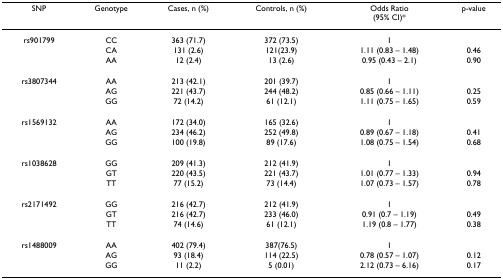
<table><thead><tr><td><b>SNP</b></td><td><b>Genotype</b></td><td><b>Cases, n (%)</b></td><td><b>Controls, n (%)</b></td><td><b>Odds Ratio(95% CI)*</b></td><td><b>p-value</b></td></tr></thead><tbody><tr><td>rs901799</td><td>CC</td><td>363 (71.7)</td><td>372 (73.5)</td><td>1</td><td></td></tr><tr><td></td><td>CA</td><td>131 (2.6)</td><td>121(23.9)</td><td>1.11 (0.83 – 1.48)</td><td>0.46</td></tr><tr><td></td><td>AA</td><td>12 (2.4)</td><td>13 (2.6)</td><td>0.95 (0.43 – 2.1)</td><td>0.90</td></tr><tr><td>rs3807344</td><td>AA</td><td>213 (42.1)</td><td>201 (39.7)</td><td>1</td><td></td></tr><tr><td></td><td>AG</td><td>221 (43.7)</td><td>244 (48.2)</td><td>0.85 (0.66 – 1.11)</td><td>0.25</td></tr><tr><td></td><td>GG</td><td>72 (14.2)</td><td>61 (12.1)</td><td>1.11 (0.75 – 1.65)</td><td>0.59</td></tr><tr><td>rs1569132</td><td>AA</td><td>172 (34.0)</td><td>165 (32.6)</td><td>1</td><td></td></tr><tr><td></td><td>AG</td><td>234 (46.2)</td><td>252 (49.8)</td><td>0.89 (0.67 – 1.18)</td><td>0.41</td></tr><tr><td></td><td>GG</td><td>100 (19.8)</td><td>89 (17.6)</td><td>1.08 (0.75 – 1.54)</td><td>0.68</td></tr><tr><td>rs1038628</td><td>GG</td><td>209 (41.3)</td><td>212 (41.9)</td><td>1</td><td></td></tr><tr><td></td><td>GT</td><td>220 (43.5)</td><td>221 (43.7)</td><td>1.01 (0.77 – 1.33)</td><td>0.94</td></tr><tr><td></td><td>TT</td><td>77 (15.2)</td><td>73 (14.4)</td><td>1.07 (0.73 – 1.57)</td><td>0.78</td></tr><tr><td>rs2171492</td><td>GG</td><td>216 (42.7)</td><td>212 (41.9)</td><td>1</td><td></td></tr><tr><td></td><td>GT</td><td>216 (42.7)</td><td>233 (46.0)</td><td>0.91 (0.7 – 1.19)</td><td>0.49</td></tr><tr><td></td><td>TT</td><td>74 (14.6)</td><td>61 (12.1)</td><td>1.19 (0.8 – 1.77)</td><td>0.38</td></tr><tr><td>rs1488009</td><td>AA</td><td>402 (79.4)</td><td>387(76.5)</td><td>1</td><td></td></tr><tr><td></td><td>AG</td><td>93 (18.4)</td><td>114 (22.5)</td><td>0.78 (0.57 – 1.07)</td><td>0.12</td></tr><tr><td></td><td>GG</td><td>11 (2.2)</td><td>5 (0.01)</td><td>2.12 (0.73 – 6.16)</td><td>0.17</td></tr></tbody></table>